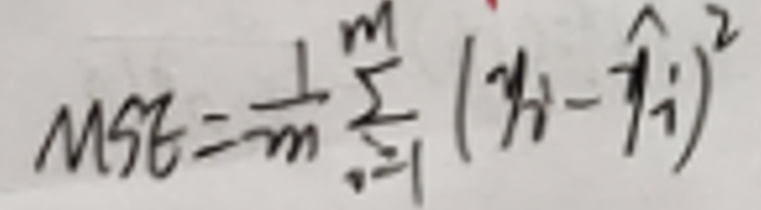
\(MSE=\frac{1}{m}\sum_{i=1}^{m}(y_i-\hat{y}_i)^2\)